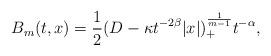
LaTeX: \begin{align*} B_m(t,x)= \frac{1}{2}(D -\kappa t^{-2\beta }\vert x\vert)_+^{\frac{1}{m-1}}t^{-\alpha},\end{align*}